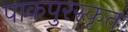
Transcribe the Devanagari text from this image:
पाकपुरस्कृत